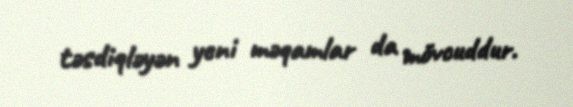
təsdiqləyən yeni məqamlar da mövcuddur.